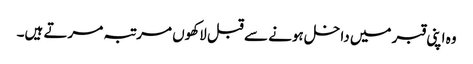
وہ اپنی قبر میں داخل ہونے سے قبل لاکھوں مرتبہ مرتے ہیں۔